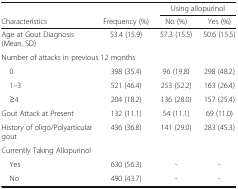
|  |  | <COLSPAN=2> Using allopurinol |
 | Characteristics | Frequency (%) | No (%) | Yes (%) |
 | --- | --- | --- | --- |
 | Age at Gout Diagnosis (Mean, SD) | 53.4 (15.9) | 57.3 (15.5) | 50.6 (15.5) |
 | <COLSPAN=4> Number of attacks in previous 12 months |
 | 0 | 398 (35.4) | 96 (19.8) | 298 (48.2) |
 | 1–3 | 521 (46.4) | 253 (52.2) | 163 (26.4) |
 | ≥4 | 204 (18.2) | 136 (28.0) | 157 (25.4) |
 | Gout Attack at Present | 132 (11.1) | 54 (11.1) | 69 (11.0) |
 | History of oligo/Polyarticular gout | 436 (36.8) | 141 (29.0) | 283 (45.3) |
 | <COLSPAN=4> Currently Taking Allopurinol |
 | Yes | 630 (56.3) | - | - |
 | No | 490 (43.7) | - | - |